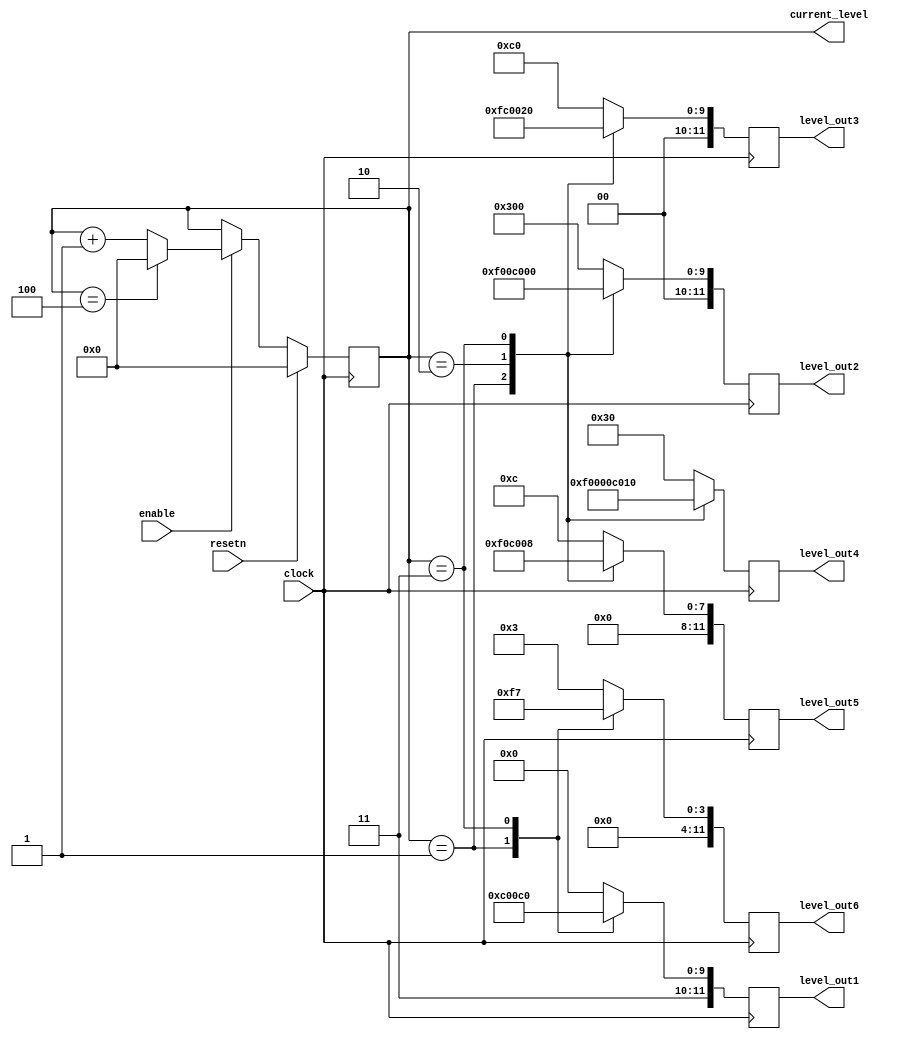
module level_mux (
	input clock,
	input resetn,
	input enable,
	output reg [11:0] level_out1,
	output reg [11:0] level_out2,
	output reg [11:0] level_out3,
	output reg [11:0] level_out4,
	output reg [11:0] level_out5,
	output reg [11:0] level_out6,
	output reg [4:0] current_level
);

//LEVEL CODES

	parameter			LEVEL_ONE1 = 12'b1100_0000_0000,
						LEVEL_ONE2 = 12'b0011_0000_0000,
						LEVEL_ONE3 = 12'b0000_1100_0000,
						LEVEL_ONE4 = 12'b0000_0011_0000,
						LEVEL_ONE5 = 12'b0000_0000_1100,
						LEVEL_ONE6 = 12'b0000_0000_0011,
					
						LEVEL_TWO1 = 12'b1111_0000_0000,
						LEVEL_TWO2 = 12'b0000_1111_0000,
						LEVEL_TWO3 = 12'b0000_0000_1111,
						LEVEL_TWO4 = 12'b1111_0000_0000,
						LEVEL_TWO5 = 12'b0000_1111_0000,
						LEVEL_TWO6 = 12'b0000_0000_1111,					
					
					
						LEVEL_THREE1 = 12'b1100_0000_0000,
						LEVEL_THREE2 = 12'b0000_0011_0000,
						LEVEL_THREE3 = 12'b0011_0000_0000,
						LEVEL_THREE4 = 12'b0000_0000_1100,
						LEVEL_THREE5 = 12'b0000_1100_0000,
						LEVEL_THREE6 = 12'b0000_0000_0011,
					
						LEVEL_FOUR1 = 12'b1100_1100_0000,
						LEVEL_FOUR2 = 12'b0000_0000_0000,
						LEVEL_FOUR3 = 12'b0000_0010_0000,
						LEVEL_FOUR4 = 12'b0000_0001_0000,
						LEVEL_FOUR5 = 12'b0000_0000_1000,
						LEVEL_FOUR6 = 12'b0000_0000_0111;
						
						//LEVEL_FIVE1  = 12'b1100_1000_0000,
						//LEVEL_FIVE2  = 12'b0000_0010_0000,
						//LEVEL_FIVE3  = 12'b0110_0000_1010,
						//LEVEL_FIVE4	= 12'b0000_0000_0000,
						//LEVEL_FIVE5  = 12'b0000_0000_0000,
						//LEVEL_FIVE6 = 12'b0000_0000_0000;
					
	
	always@(posedge clock) begin
		case (current_level)
			5'd0: begin
				level_out1 <= LEVEL_ONE1;
				level_out2 <= LEVEL_ONE2;
				level_out3 <= LEVEL_ONE3;
				level_out4 <= LEVEL_ONE4;
				level_out5 <= LEVEL_ONE5;
				level_out6 <= LEVEL_ONE6;
			end
			
			5'd1: begin
				level_out1 <= LEVEL_TWO1;
				level_out2 <= LEVEL_TWO2;
				level_out3 <= LEVEL_TWO3;
				level_out4 <= LEVEL_TWO4;
				level_out5 <= LEVEL_TWO5;
				level_out6 <= LEVEL_TWO6;
			end
			
			5'd2: begin
				level_out1 <= LEVEL_THREE1;
				level_out2 <= LEVEL_THREE2;
				level_out3 <= LEVEL_THREE3;
				level_out4 <= LEVEL_THREE4;
				level_out5 <= LEVEL_THREE5;
				level_out6 <= LEVEL_THREE6;
			end
			
			5'd3: begin
				level_out1 <= LEVEL_FOUR1;
				level_out2 <= LEVEL_FOUR2;
				level_out3 <= LEVEL_FOUR3;
				level_out4 <= LEVEL_FOUR4;
				level_out5 <= LEVEL_FOUR5;
				level_out6 <= LEVEL_FOUR6;
			end
			
			//5'd4: begin
			//	level_out1 <= LEVEL_FIVE1;
			//	level_out2 <= LEVEL_FIVE2;
			//	level_out3 <= LEVEL_FIVE3;
			//	level_out4 <= LEVEL_FIVE4;
			//	level_out5 <= LEVEL_FIVE5;
			//	level_out6 <= LEVEL_FIVE6;
			//end
			
		default: begin
				level_out1 <= LEVEL_ONE1;
				level_out2 <= LEVEL_ONE2;
				level_out3 <= LEVEL_ONE3;
				level_out4 <= LEVEL_ONE4;
				level_out5 <= LEVEL_ONE5;
				level_out6 <= LEVEL_ONE6;
			end
		endcase
	end
		
	
	
	// counter
	always@(posedge clock) begin
		if (resetn)
			current_level = 5'b0;
			
		else 
		if (enable)
			if (current_level == 3'd4)
				current_level <= 1'b0;
			else
				current_level <= current_level + 1'b1;
	end
	
endmodule